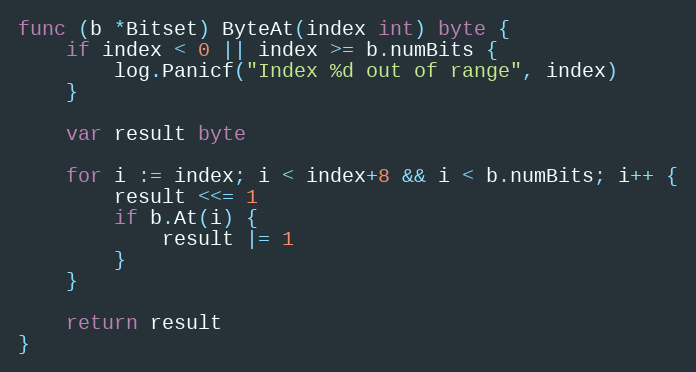
Language: Go
func (b *Bitset) ByteAt(index int) byte {
	if index < 0 || index >= b.numBits {
		log.Panicf("Index %d out of range", index)
	}

	var result byte

	for i := index; i < index+8 && i < b.numBits; i++ {
		result <<= 1
		if b.At(i) {
			result |= 1
		}
	}

	return result
}